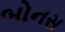
બોનસ